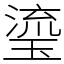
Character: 瑬